Vaccination in Bombay 1902-1912 - 1902-1912
Year: 1902
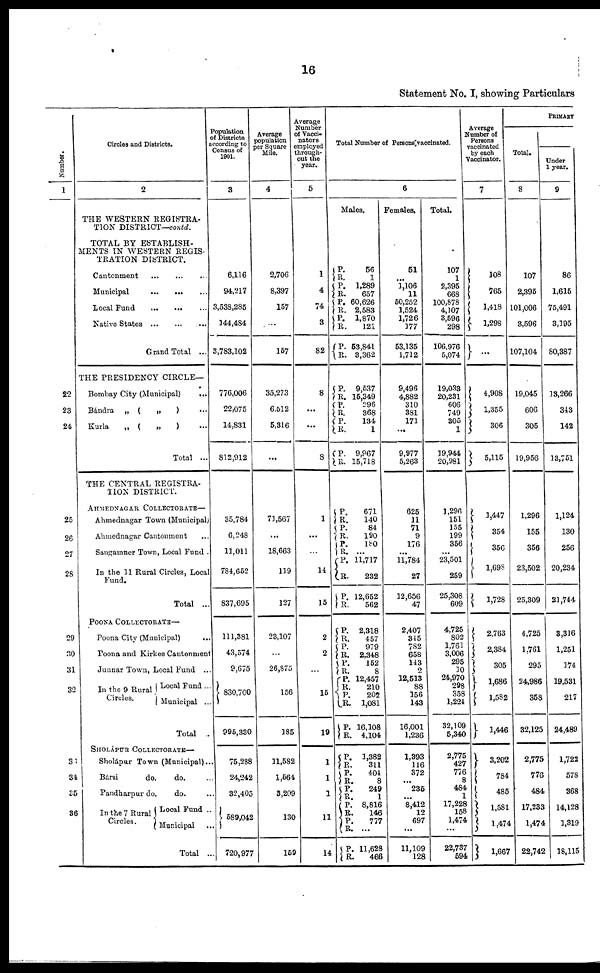
16
Statement No. I, showing Particulars
Number.
1
22
23
24
25
26
27
28
29
30
31
32
33
34
35
36
Circles and Districts.
2
THE WESTERN REGISTRA-
TION DISTRICT—contd.
TOTAL BY ESTABLISH-
MENTS IN WESTERN REGIS¬
TRATION DISTRICT.
Cantonment ... ... ...
Municipal ... ... ...
Local Fund
...
...
...
Native States ... ... ...
Grand Total ...
THE PRESIDENCY CIRCLE—
Bombay City (Municipal)
...
Bándra „ (
„
) ...
Kurla
„
(
„
)
...
Total ...
THE CENTRAL REGISTRA¬
TION DISTRICT.
AHMEDNAGAR COLLECTORATE —
Ahmednagar Town (Municipal)
Ahmednagar Cantonment ...
Sangamner Town, Local Fund .
In the 11 Rural Circles, Local
Fund.
Total ...
POONA COLLECTORATE—
Poona City (Municipal)
...
Poona and Kirkee Cantonment
Junnar Town, Local Fund ...
In the 9 Rural
Circles.
Local Fund ...
Municipal ...
Total ..
SHOLÁPUR COLLECTORATE—
Sholápur Town (Municipal)...
Bársi
do.
do. ...
Pandharpur do.
do. ...
In the 7 Rural
Circles.
Local Fund ..
Municipal ...
Total ...
Population
of Districts
according to
Census of
1901.
3
6,116
94,217
3,538,285
144,484
3,783,102
776,006
22,075
14,831
812,912
35,784
6,248
11,011
784,652
837,695
111,381
43,574
9,675
830,700
995,330
75,288
24,242
32,405
589,042
720,977
Average
population
per Square
Mile.
4
2,706
8,397
157
...
157
35,273
6,512
5,316
...
71,567
...
18,663
119
127
23,107
...
28,875
156
185
11,582
1,564
3,209
130
159
Average
Number
of Vacci-
nators
employed
through-
out the
year.
5
1
4
74
3
82
8
...
...
8
1
...
...
14
15
2
2
...
15
19
1
1
1
11
14
Total Number of Persons vaccinated.
6
Males.
P.
R. P.
R.
P.
R.
P.
R.
P.
R.
P.
R.
P.
R.
P.
R.
P.
R.
P.
R.
P.
R.
P.
R.
P.
R.
P.
R.
P.
R.
P.
R.
P.
R.
P.
R.
P.
R.
P.
R.
P.
R.
P.
R.
P.
R.
P.
R.
P.
R.
P.
R.
56
1
1,289
657
60,626
2,583
1,870
121
53,841
3,362
9,537
15,349
296
368
134
1
9,967
15,718
671
140
84
190
180
...
11,717
232
12,652
562
2,318
457
979
2,348
152
8
12,457
210
202
1,081
16,108
4,104
1,382
311
404
8
249
1
8,816
146
777
...
11,628
466
Females.
51
...
1,106
11
50,252
1,524
1,726
177
53,135
1,712
9,496
4,882
310
381
171
...
9,977
5,263
625
11
71
9
176
...
11,784
27
12,656
47
2,407
345
782
658
143
2
12,513
88
156
143
16,001
1,236
1,393
116
372
... 235
...
8,412
12
697
...
11,109
128
Total.
107
1
2,395
668
100,878
4,107
3,596
298
106,976
5,074
19,033
20,231
606
749
305
1
19,944
20,981
1,296
151
155
199
356
...
23,501
259
25,308
609
4,725
802
1,761
3,006
295
10
24,970
298
358
1,224
32,109
5,340
2,775
427
776
8
484
1
17,228
158
1,474
...
22,737
594
Average
Number of
Persons
vaccinated
by each
Vaccinator.
7
108
765
1,418
1,298
...
4,908
1,355
306
5,115
1,447
354
356
1,698
1,728
2,763
2,384
305
1,686
1,582
1,446
3,202
784
485
1,581
1,474
1,667
PRIMARY
Total.
8
107
2,395
101,006
3,596
107,104
19,045
606
305
19,956
1,296
155
356
23,502
25,309
4,725
1,761
295
24,986
358
32,125
2,775
776
484
17,233
1,474
22,742
Under
1 year.
9
86
1,615
75,491
3,195
80,387
13,266
343
142
13,751
1,124
130
256
20,234
21,744
3,316
1,251
174
19,531
217
24,489
1,722
578
368
14,128
1,319
18,115